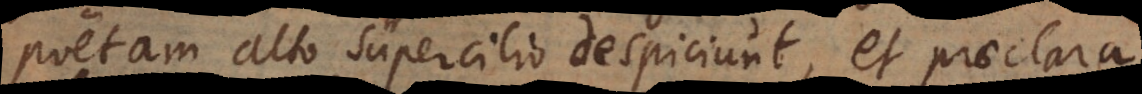
poetam alto supercilio despiciunt, et praeclara